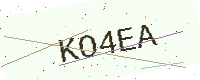
Text: KO4EA